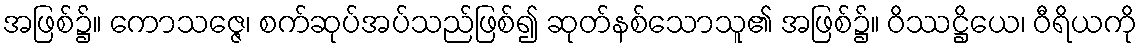
အဖြစ်၌။ ကောသဇ္ဇေ၊ စက်ဆုပ်အပ်သည်ဖြစ်၍ ဆုတ်နစ်သောသူ၏ အဖြစ်၌။ ဝိဿဋ္ဌိယေ၊ ဝီရိယကို